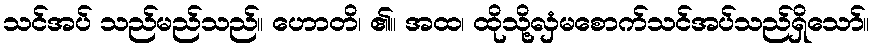
သင်အပ် သည်မည်သည်။ ဟောတိ၊ ၏။ အထ၊ ထိုသို့လှံမစောက်သင်အပ်သည်ရှိသော်။